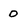
Character: 0